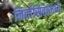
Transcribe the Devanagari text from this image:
निर्वासितांमध्ये